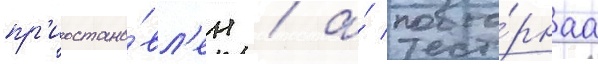
пр'иостано́вл'ен / а́ повто́рнаа